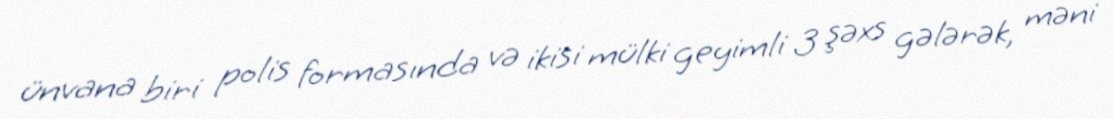
ünvana biri polis formasında və ikisi mülki geyimli 3 şəxs gələrək, məni